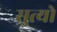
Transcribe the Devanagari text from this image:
सुत्यो